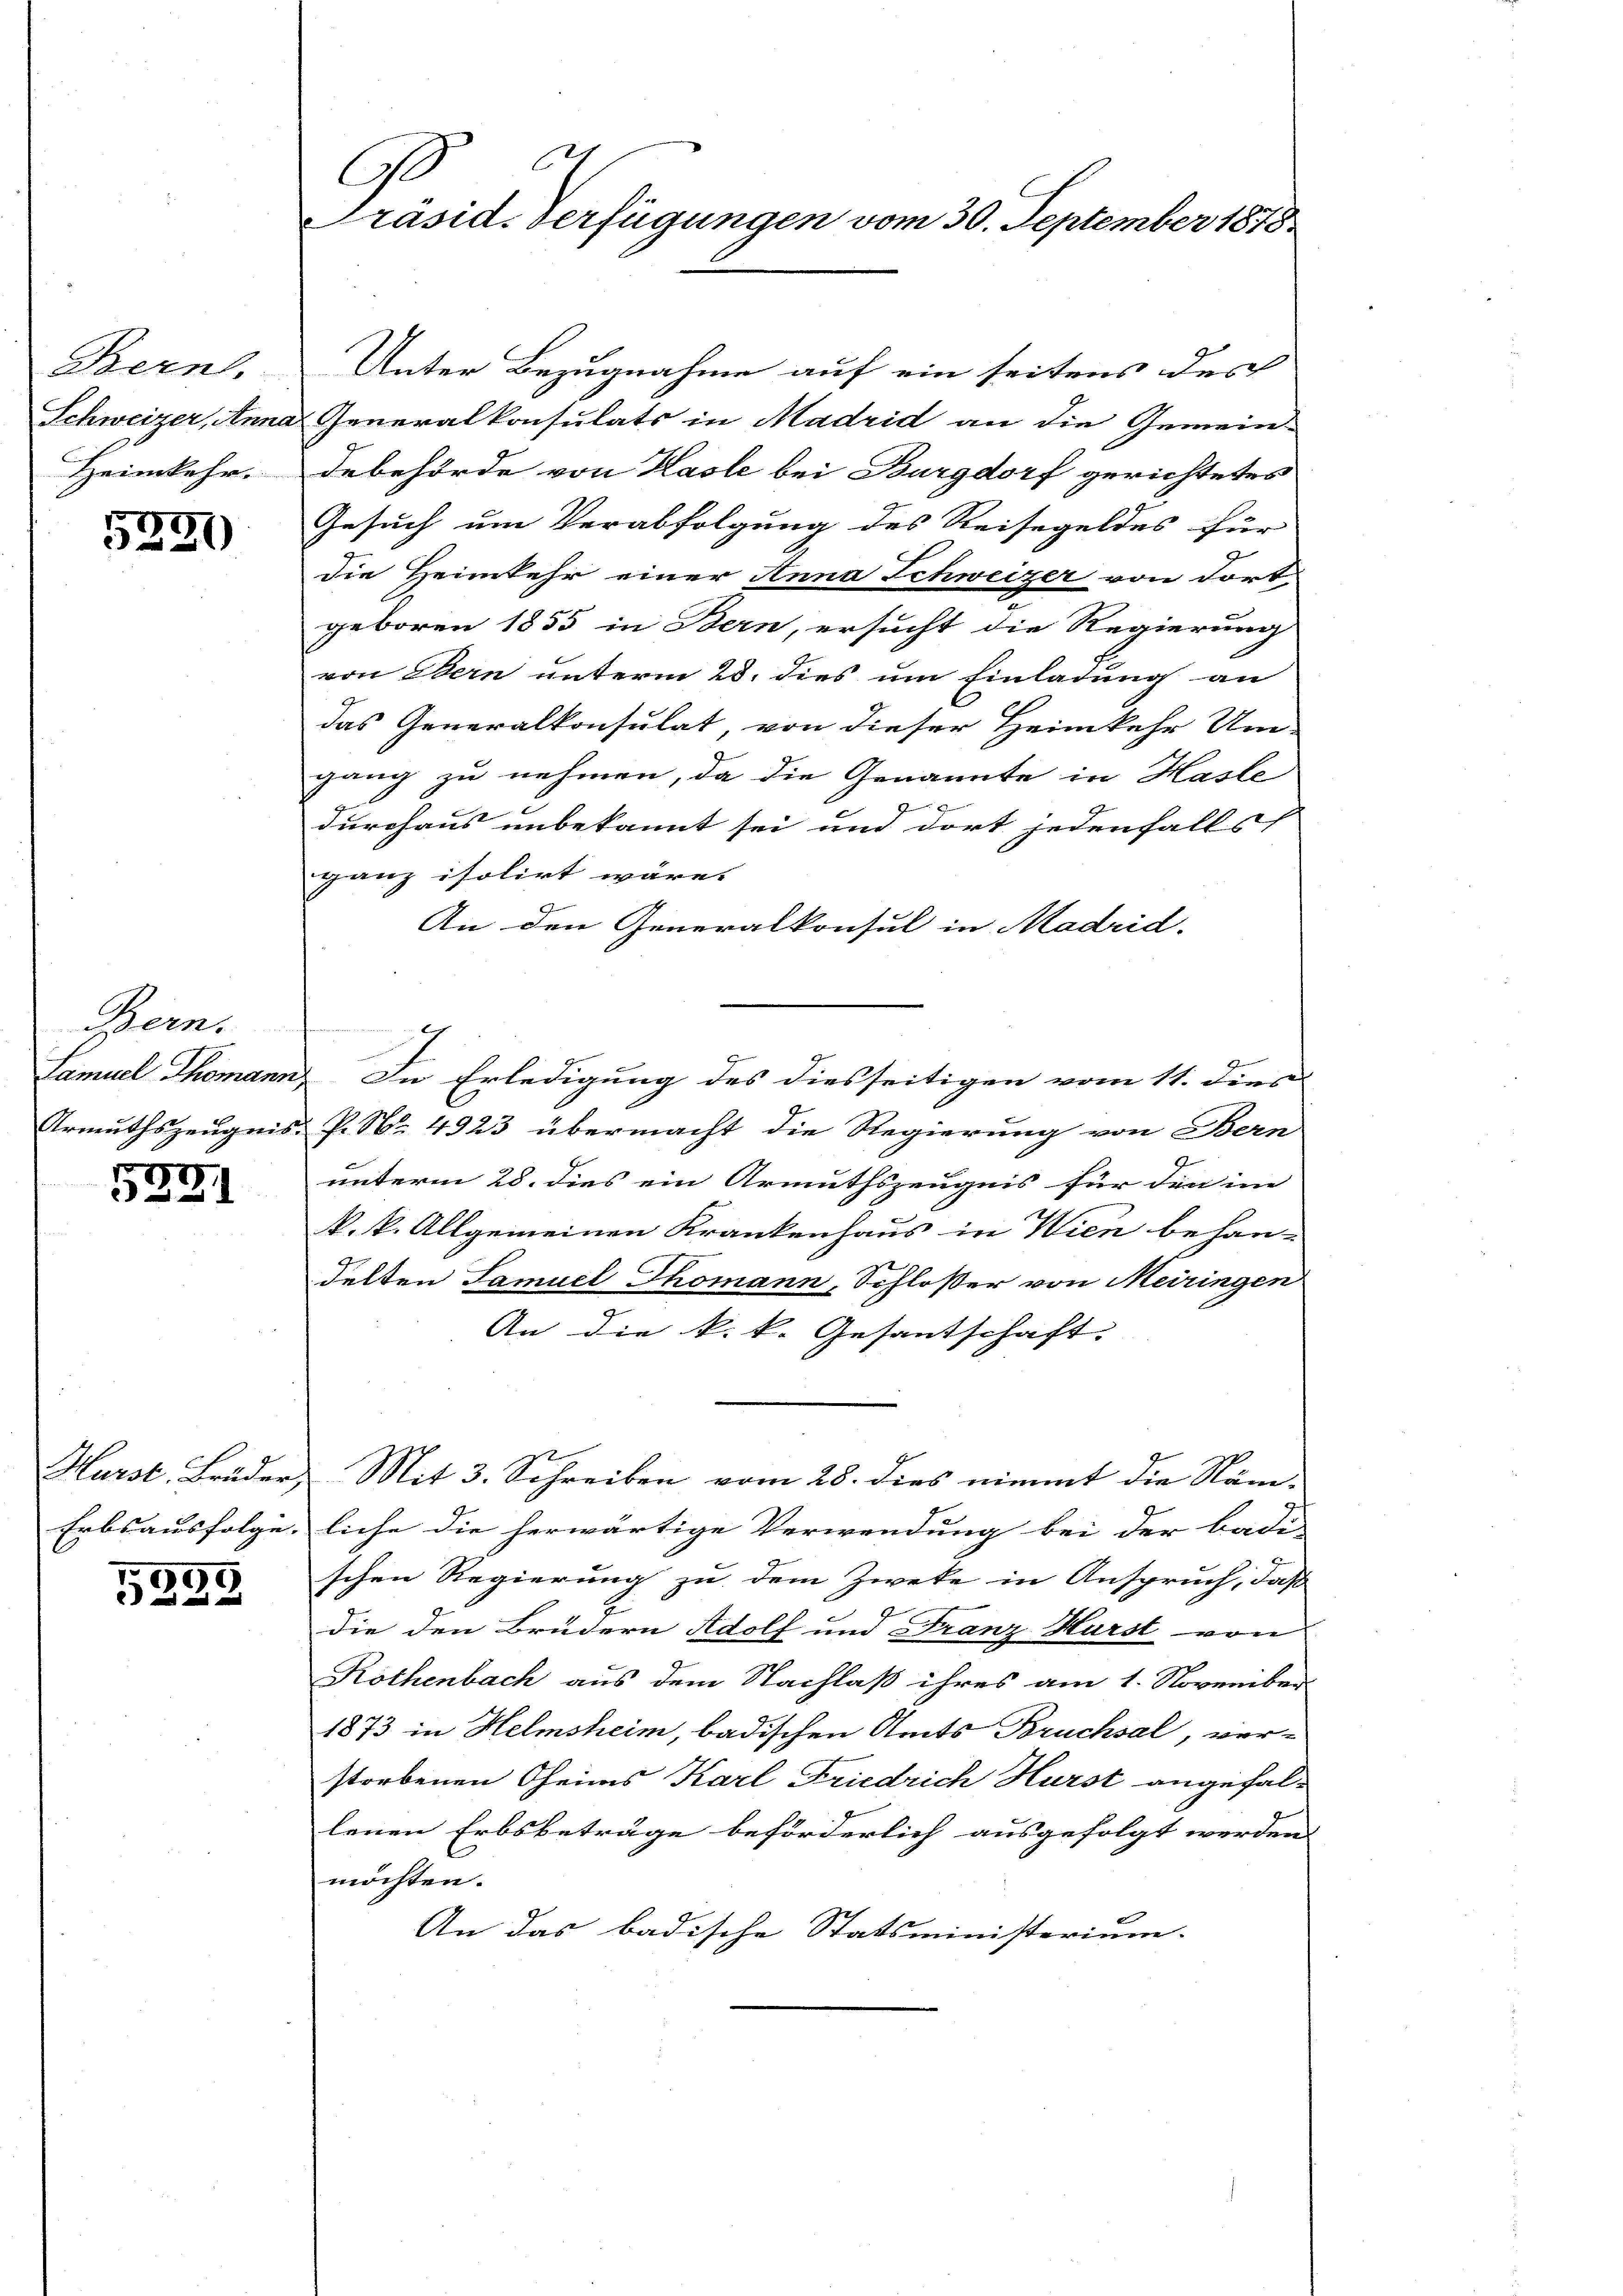
Bern.
Schweizer, Anna
Heimkehr.

5291)

Bern.
Samuel Thomans
Urmuthszeugnis

177
31

Hurst, Brüder,
Erbsausfolge.

99
.
|

Ge
Präsid. Verfügungen vom 30. September 1878

Unter Bezugnahme auf ein seitens des
Generalkonsulats in Madrid an die Gemein-
debehörde von Hasle bei Burgdorf gerichtetes
Gesuch um Verabfolgung des Reisegeldes für
die Heimkehr einer Anna Schweizer von dort
geboren 1855 in Bern, ersucht die Regierung
von Bern unterm 23. dies um Einladung an
das Generalkonsulat, von dieser Heimkehr Um-
gang zu nehmen, da die Genannte in Hasle

durchaus unbekannt sei und dort jedenfalls
ganz isolirt wäre.
An den Generalkonsul in Madrid.
In Erledigung des diesseitigen vom 11. dies
P. Nr. 4923 übermacht, die Regierung von Bern
unterm 28. dies ein Armuthszeugnis für den in
k. k. Allgemeinen Krankenhaus in Wien behan-
delten Samuel Thomann, Schloßer von Meiringen
An die k. k. Gesantschaft.
Mit 3. Schreiben vom 28. dies nimmt die Näm-
liche die herwärtige Verwendung bei der badi-
schen Regierung zu dem Zweke in Anspruch, daß
die den Brüdern Adolf und Franz Hürst von
Röthenbach aus dem Nachlaß ihres am 1. November
1873 in Helmsheim, badischen Amts Bruchsal, ver-
storbenen Theims Karl Friedrich Hurst angefal-
lenen Erbsbeträge beförderlich ausgefolgt werden.
möchten.
An das badische Statsministerium.